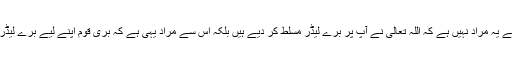
جیسی قوم ویسے لیڈر سے یہ مراد نہیں ہے کہ اللہ تعالیٰ نے آپ پر برے لیڈر مسلط کر دیے ہیں بلکہ اس سے مراد یہی ہے کہ بری قوم اپنے لیے برے لیڈر ہی چننا پسند کرتی ہے۔